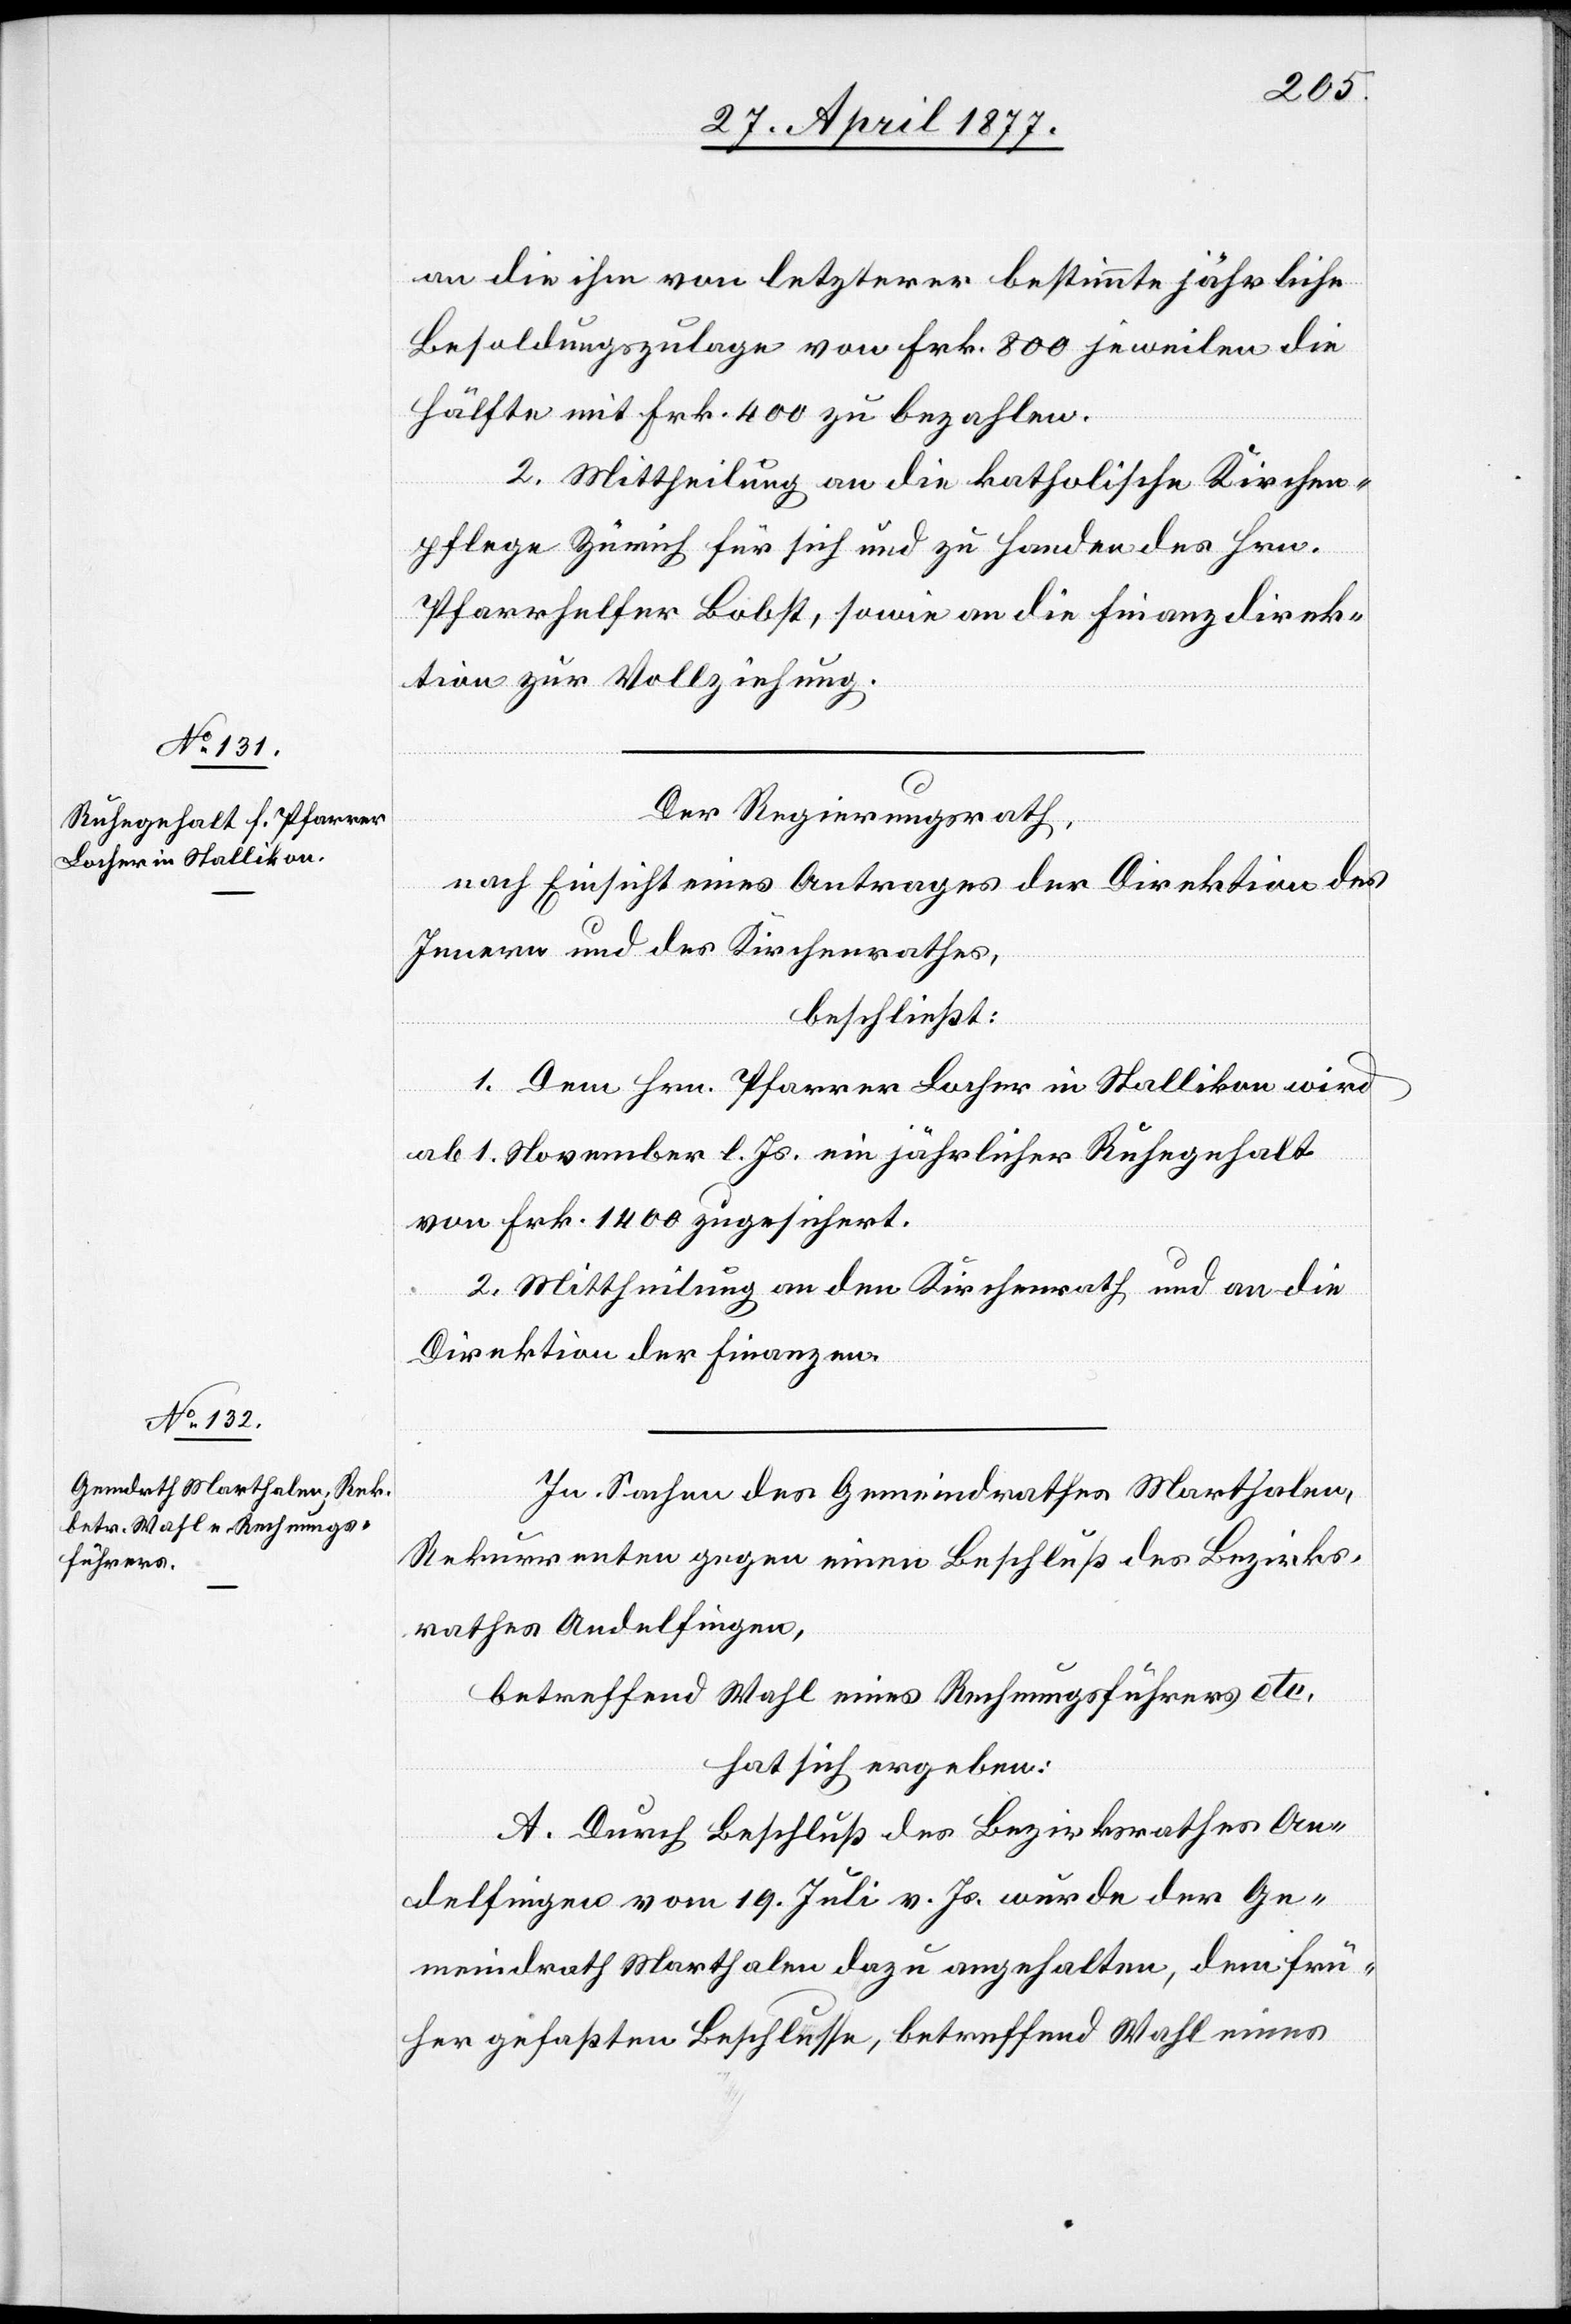
an die ihm von letzterer bestimmte jährliche
Besoldungszulage von Frk. 800 jeweilen die
Hälfte mit Frk. 400 zu bezahlen.
2. Mittheilung an die katholische Kirchen¬
pflege Zürich für sich und zu Handen des Hrn.
Pfarrhelfer Bobst, sowie an die Finanzdirek¬
tion zur Vollziehung.
Der Regierungsrath,
nach Einsicht eines Antrages der Direktion des
Innern und des Kirchenrathes,
beschließt:
1. Dem Hrn. Pfarrer Locher in Stallikon wird
ab 1. November l. Js. ein jährlicher Ruhegehalt
von Frk. 1400 zugesichert.
2. Mittheilung an den Kirchenrath und an die
Direktion der Finanzen.
In Sachen des Gemeindrathes Marthalen,
Rekurrenten gegen einen Beschluß des Bezirks¬
rathes Andelfingen,
betreffend Wahl eines Rechnungsführers etc.
hat sich ergeben:
A. Durch Beschluß des Bezirksrathes An¬
delfingen vom 19. Juli v. Js. wurde der Ge¬
meindrath Marthalen dazu angehalten, dem frü¬
her gefaßten Beschlusse, betreffend Wahl eines